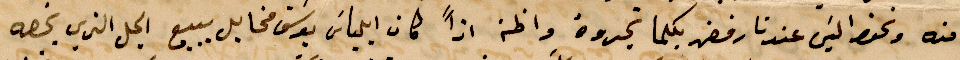
منه ونحنو ليس عندنا رفض بكلما تدوه واطن اذًا كان ايلياس يوسف مخايل يبيع الجل الذي يخصه